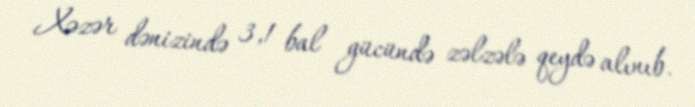
Xəzər dənizində 3,1 bal gücündə zəlzələ qeydə alınıb.